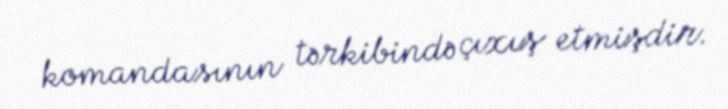
komandasının tərkibində çıxış etmişdir.